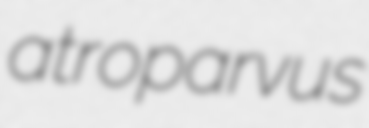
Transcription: atroparvus